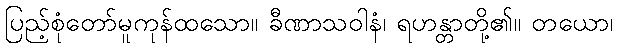
ပြည့်စုံတော်မူကုန်ထသော။ ခီဏာသဝါနံ၊ ရဟန္တာတို့၏။ တယော၊